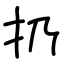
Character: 扔